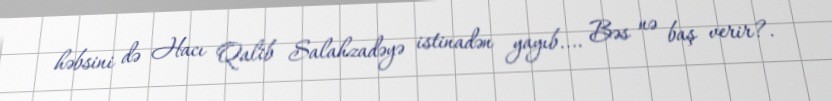
həbsini də Hacı Qalib Salahzadəyə istinadən yayıb.... Bəs nə baş verir?.